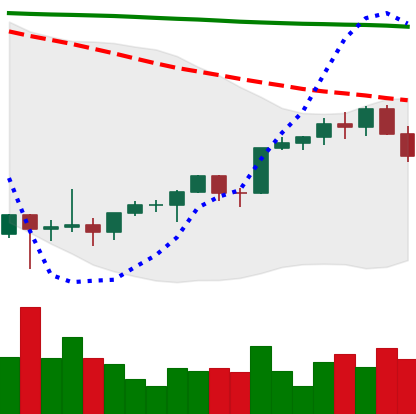
Ticker: ETH-USD
Chart end date: 2022-02-11
Forward return: 6.847%
Label: up_5_7